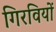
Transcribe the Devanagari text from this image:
गिरवियों